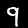
Label: 9